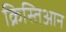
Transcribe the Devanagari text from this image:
क्रिस्तिआन